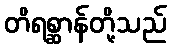
တိရစ္ဆာန်တို့သည်